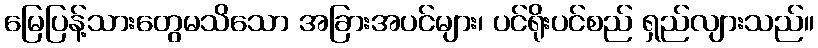
မြေပြန့်သားတွေမသိသော အခြားအပင်များ၊ ပင်ရိုးပင်စည် ရှည်လျားသည်။